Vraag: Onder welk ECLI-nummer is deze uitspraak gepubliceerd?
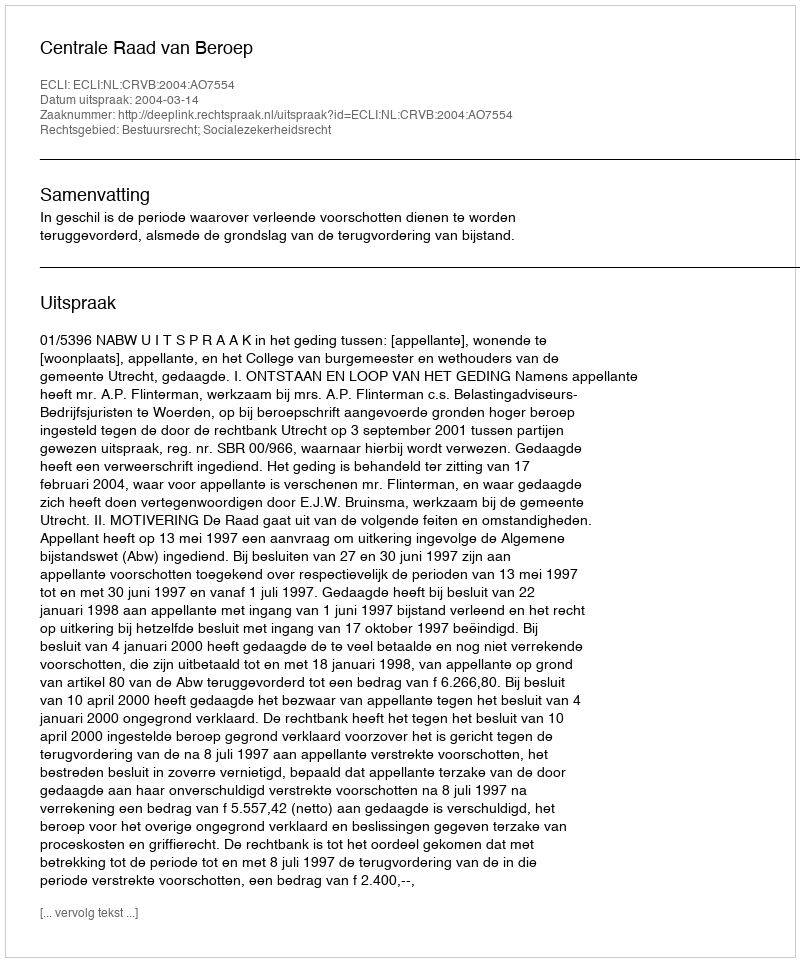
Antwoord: ECLI:NL:CRVB:2004:AO7554